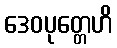
ဒေဝပုတ္တေဟိ